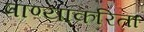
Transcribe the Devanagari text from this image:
पाण्याकरिता